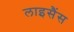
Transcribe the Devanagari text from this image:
लाइसैंस